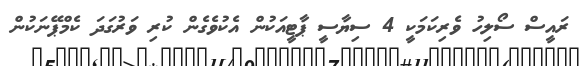
ރައީސް ސޯލިހު ވެރިކަމަކީ 4 ސިޔާސީ ޕާޓީއަކުން އެކުވެގެން ކުރި ވަރުގަދަ ކެމްޕޭނަކުން